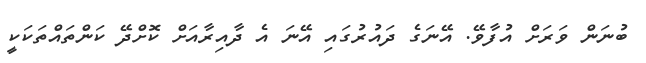
ބުނަން ވަރަށް އުފާވޭ. އޭނަގެ ދައުރުގައި އޭނަ އެ ދާއިރާއަށް ކޮށްދޭ ކަންތައްތަކަކީ